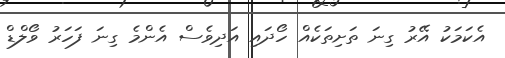
އެކަމަކު އޭރު ގިނަ ތަށިތަކެއް ހޯދައި އަދިވެސް އެންމެ ގިނަ ފަހަރު ވޯލްޑް